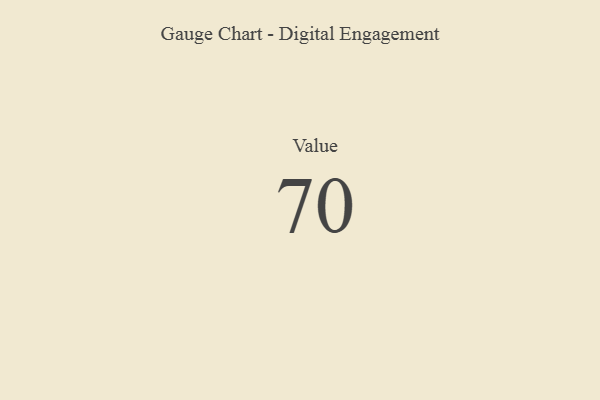
{"axis": {"x": "Metric", "y": "Value"}, "legend": [""], "data": [{"x": "Value", "y": 70, "type": ""}]}